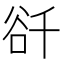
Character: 𧮮